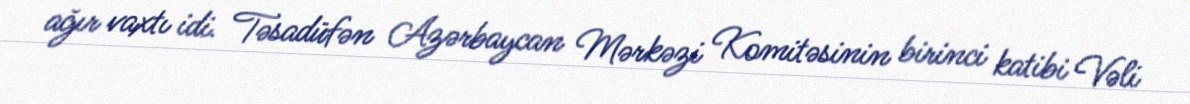
ağır vaxtı idi. Təsadüfən Azərbaycan Mərkəzi Komitəsinin birinci katibi Vəli